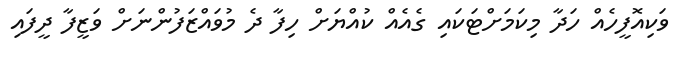
ވަކިއޮފީހެއް ހަދާ މިކަމަށްޓަކައި ގެއެއް ކުއްޔަށް ހިފާ ދެ މުވައްޒަފުންނަށް ވަޒީފާ ދީފައި